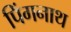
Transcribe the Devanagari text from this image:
पिंगनाथ